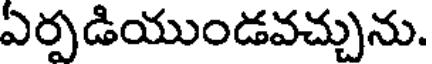
ఏర్పడియుండవచ్చును.